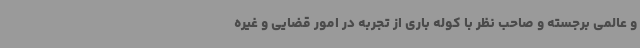
و عالمی برجسته و صاحب نظر با کوله باری از تجربه در امور قضایی و غیره